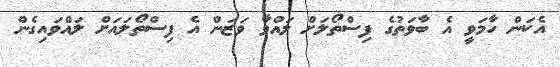
އެކަން ހާމަވީ އެ ބާވަތުގެ ފިސްތޯލަށް ލައްވާ ވަޒަން އެ ފިސްތޯލައަށް ލައްވައިގެން